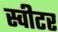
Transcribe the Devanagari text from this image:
स्वीटर